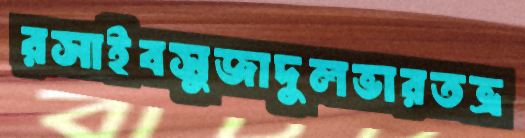
রসাইবসুজাদুলভারতভ্র